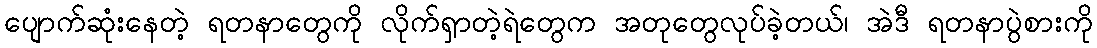
ပျောက်ဆုံးနေတဲ့ ရတနာတွေကို လိုက်ရှာတဲ့ရဲတွေက အတုတွေလုပ်ခဲ့တယ်၊ အဲဒီ ရတနာပွဲစားကို